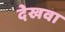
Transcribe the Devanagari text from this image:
देखवा